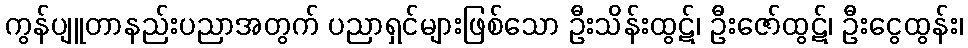
ကွန်ပျူတာနည်းပညာအတွက် ပညာရှင်များဖြစ်သော ဦးသိန်းထွဋ်၊ ဦးဇော်ထွဋ်၊ ဦးငွေထွန်း၊